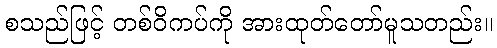
စသည်ဖြင့် တစ်ဝိကပ်ကို အားထုတ်တော်မူသတည်း။